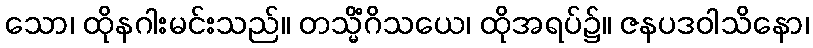
သော၊ ထိုနဂါးမင်းသည်။ တသ္မိံဂိသယေ၊ ထိုအရပ်၌။ ဇနပဒဝါသိနော၊